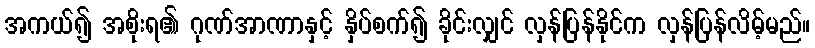
အကယ်၍ အစိုးရ၏ ဂုဏ်အာဏာနှင့် နှိပ်စက်၍ ခိုင်းလျှင် လှန်ပြန်နိုင်က လှန်ပြန်လိမ့်မည်။